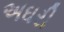
અઘરી